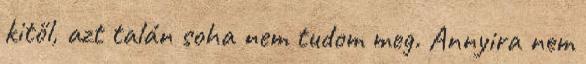
kitől, azt talán soha nem tudom meg. Annyira nem